Indian journal of veterinary science and animal husbandry - Volume 14,
Year: 1944
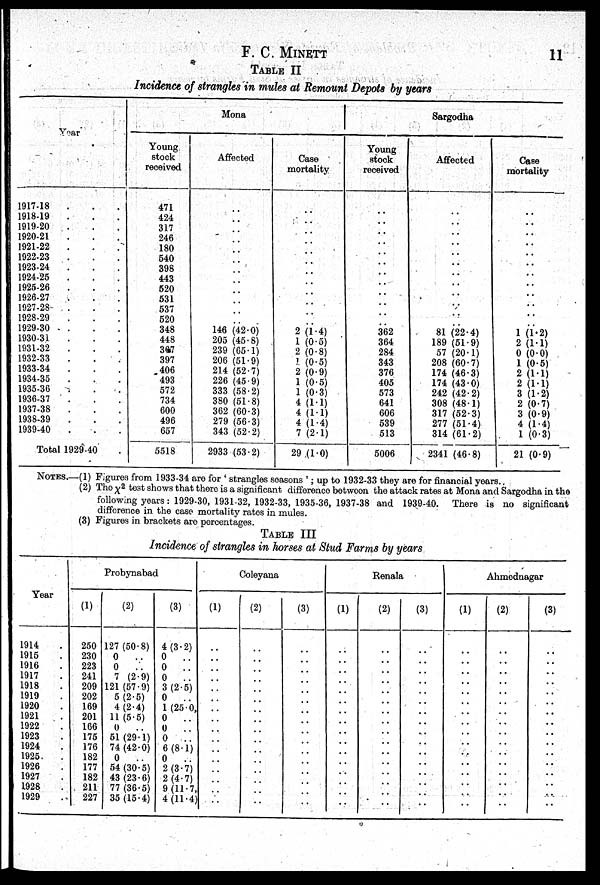
F. C. MINETT
11
TABLE II
Incidence of strangles in mules at Remount Depots by years
Year
1917-18 . . .
1918-19 . . .
1919-20 . . .
1920-21 . . .
1921-22 . . .
1922-23 . . .
1923-24 . . .
1924-25 . . .
1925-26 . . .
1926-27 . . .
1927-28 . . .
1928-29 . . .
1929-30 . . .
1930-31 . . .
1931-32 . . .
1932-33 . . .
1933-34 . . .
1934-35 . . .
1935-36 . . .
1936-37 . . .
1937-38 . . .
1938-39 . . .
1939-40 . . .
Total 1929-40
Mona
Young
stock
received
471
424
317
246
180
540
398
443
520
531
537
520
348
448
367
397
406
493
572
734
600
496
657
5518
Affected
..
..
..
..
..
..
..
..
..
..
..
..
146 (42.0)
205 (45.8)
239 (65.1)
206 (51.9)
214 (52.7)
226 (45.9)
333 (58.2)
380 (51.8)
362 (60.3)
279 (56.3)
343 (52.2)
2933 (53.2)
Case
mortality
..
..
..
..
..
..
..
..
..
..
..
..
2 (1.4)
1 (0.5)
2 (0.8)
1 (0.5)
2 (0.9)
1 (0.5)
1 (0.3)
4 (1.1)
4 (1.1)
4 (1.4)
7 (2.1)
29 (1.0)
Sargodha
Young
stock
received
..
..
..
..
..
..
..
..
..
..
..
..
362
364
284
343
376
405
573
641
606
539
513
5006
Affected
..
..
..
..
..
..
..
..
..
..
..
..
81 (22.4)
189 (51.9)
57 (20.1)
208 (60.7)
174 (46.3)
174 (43.0)
242 (42.2)
308 (48.1)
317 (52.3)
277 (51.4)
314 (61.2)
2341 (46.8)
Case
mortality
..
..
..
..
..
..
..
..
..
..
..
..
1 (1.2)
2 (1.1)
0 (0.0)
1 (0.5)
2 (1.1)
2 (1.1)
3 (1.2)
2 (0.7)
3 (0.9)
4 (1.4)
1 (0.3)
21 (0.9)
NOTES.—(1) Figures from 1933-34 are for 'strangles seasons'; up to 1932-33 they are for financial years.
(2) The x 2 test shows that there is a significant difference between the attack rates at Mona and Sargodha in the
following years: 1929-30, 1931-32, 1932-33, 1935-36, 1937-38 and 1939-40. There is no significant
difference in the case mortality rates in mules.
(3) Figures in brackets are percentages.
TABLE III
Incidence of strangles in horses at Stud Farms by years
Year
1914
1915
1916
1917
1918
1919
1920
1921
1922
1923
1924
1925
1926
1927
1928
1929
Probynabad
(1)
250
230
223
241
209
202
169
201
166
175
176
182
177
182
211
227
(2)
127 (50.8)
0
..
0
..
7 (2.9)
121 (57.9)
5 (2.5)
4 (2.4)
11 (5.5)
0 ..
51 (29.1)
74 (42.0)
0 ..
54 (30.5)
43 (23.6)
77 (36.5)
35 (15.4)
(3)
4 (3.2)
0
..
0
..
0
..
3 (2.5)
0
1 (25.0
0
..
0 ..
0
..
6 (8.1)
0
..
2 (3.7)
2 (4.7)
9 (11.7
4 (11.4
Coleyana
(1)
..
..
..
..
..
..
..
..
..
..
..
..
..
..
..
..
(2)
..
..
..
..
..
..
..
..
..
..
..
..
..
..
..
..
(3)
..
..
..
..
..
..
..
..
..
..
..
..
..
..
..
..
Renala
(1)
..
..
..
..
..
..
. .
..
..
..
..
..
..
..
..
..
(2)
..
..
..
..
..
..
..
..
..
..
..
..
..
..
..
..
(3)
..
..
..
..
..
..
..
..
..
..
..
..
..
..
..
..
Ahmednagar
(1)
..
..
..
..
..
..
..
..
..
..
..
..
..
..
..
..
(2)
..
..
..
..
..
..
..
..
..
..
..
..
..
..
..
..
(3)
..
..
..
..
..
..
..
..
..
..
..
..
..
..
..
..